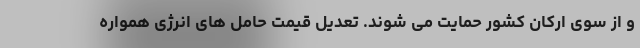
و از سوی ارکان کشور حمایت می شوند. تعدیل قیمت حامل های انرژی همواره